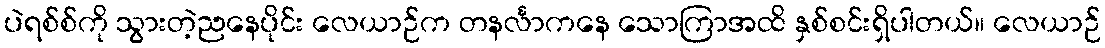
ပဲရစ်စ်ကို သွားတဲ့ညနေပိုင်း လေယာဉ်က တနင်္လာကနေ သောကြာအထိ နှစ်စင်းရှိပါတယ်။ လေယာဉ်